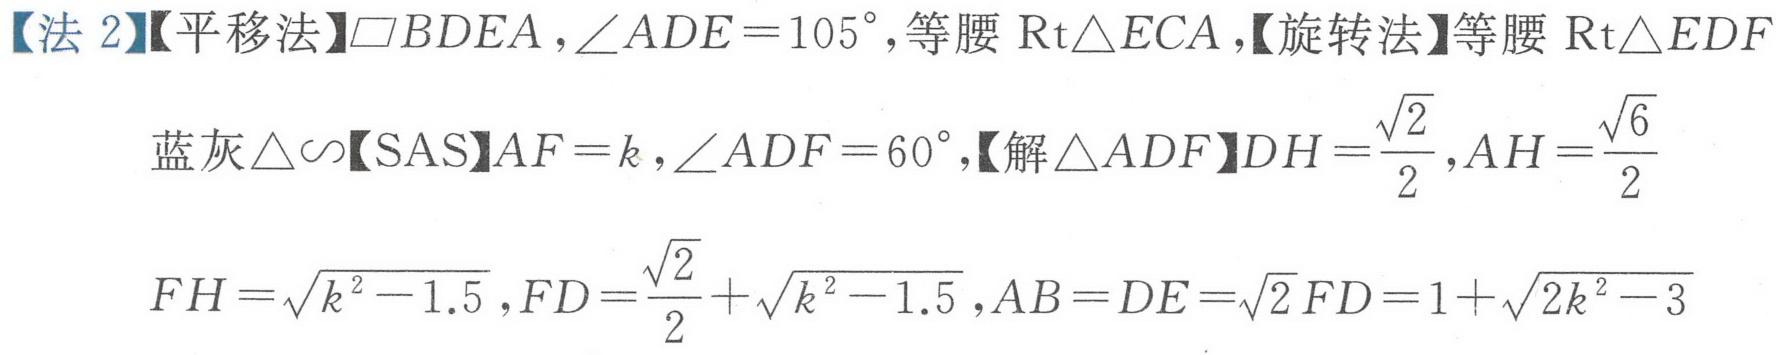
【法2】【平移法】$\square BDEA,\angle ADE = 105^{\circ}$,等腰$\text{Rt}\triangle ECA$,【旋转法】等腰$\text{Rt}\triangle EDF$
蓝灰$\triangle\sim$【SAS】$AF = k,\angle ADF = 60^{\circ}$,【解$\triangle ADF$】$DH=\frac{\sqrt{2}}{2},AH=\frac{\sqrt{6}}{2}$
$FH=\sqrt{k^{2}-1.5},FD=\frac{\sqrt{2}}{2}+\sqrt{k^{2}-1.5},AB = DE=\sqrt{2}FD=1+\sqrt{2k^{2}-3}$